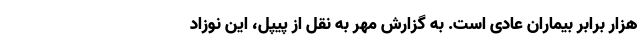
هزار برابر بیماران عادی است. به گزارش مهر به نقل از پیپل، این نوزاد